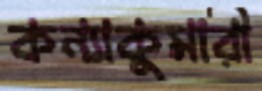
কন্যাকুমারী